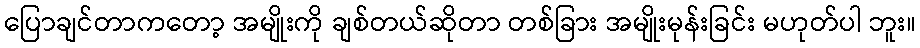
ပြောချင်တာကတော့ အမျိုးကို ချစ်တယ်ဆိုတာ တစ်ခြား အမျိုးမုန်းခြင်း မဟုတ်ပါ ဘူး။